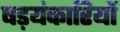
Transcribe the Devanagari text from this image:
षड़यंकारियों